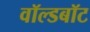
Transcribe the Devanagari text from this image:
वॉल्डबॉट